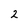
Character: 2